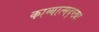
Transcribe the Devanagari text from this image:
काव्यात्मदृष्ट्या